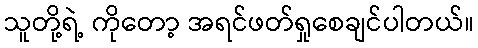
သူတို့ရဲ့ ကိုတော့ အရင်ဖတ်ရှုစေချင်ပါတယ်။